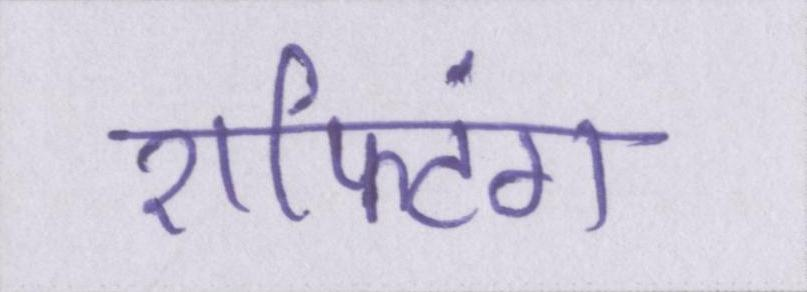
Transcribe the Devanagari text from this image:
राफ्टिंग